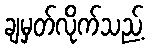
ချမှတ်လိုက်သည့်